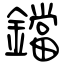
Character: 鐺